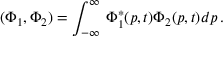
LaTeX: ( \Phi _ { 1 } , \Phi _ { 2 } ) = \int _ { - \infty } ^ { \infty } \, \Phi _ { 1 } ^ { * } ( p , t ) \Phi _ { 2 } ( p , t ) d p \, .